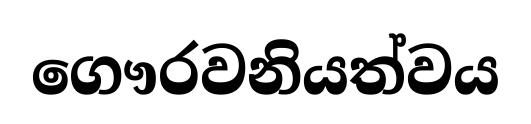
ගෞරවනියත්වය